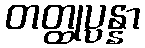
တတ္ထုပ္ပန္နာ